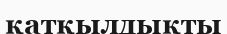
қатқылдықты